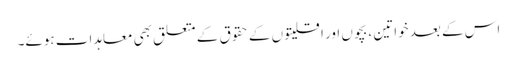
اس کے بعد خواتین ، بچوں اور اقلیتوں کے حقوق کے متعلق بھی معاہدات ہوئے۔